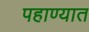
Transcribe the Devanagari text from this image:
पहाण्यात